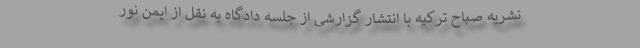
نشریه صباح ترکیه با انتشار گزارشی از جلسه دادگاه به نقل از ایمن نور